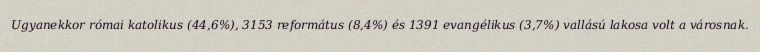
Ugyanekkor római katolikus (44,6%), 3153 református (8,4%) és 1391 evangélikus (3,7%) vallású lakosa volt a városnak.